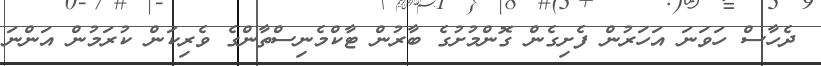
ދެހާސް ހަވަނަ އަހަރުން ފެށިގެން ގޮންމުށުގެ ބާރުން ޓާކްމެނިސްތާންގެ ވެރިކަން ކުރަމުން އަންނަ